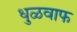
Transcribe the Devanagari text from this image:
धुळवाफ